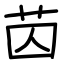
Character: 苬